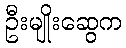
ဦးမျိုးဆွေက